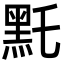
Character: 𪐞